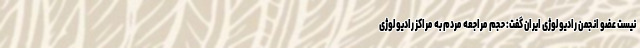
نیست عضو انجمن رادیولوژی ایران گفت: حجم مراجعه مردم به مراکز رادیولوژی